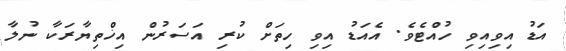
އަޑު އިވިއިވި ހުއްޓެވެ. އެއަޑު އިވި ހިތަށް ކުރި އަސަރުން އިޚްތިޔާރަކާ ނުލާ